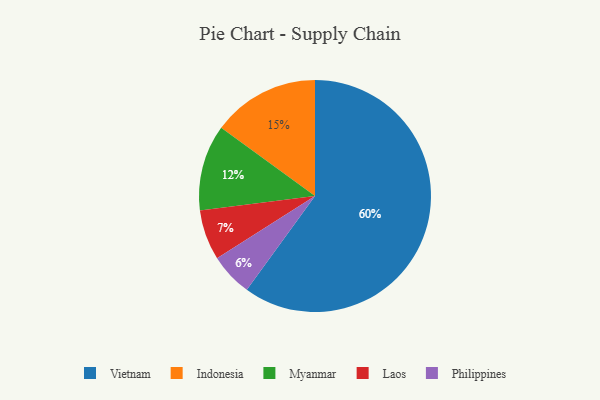
{"axis": {"x": "Category", "y": "Percentage"}, "legend": ["Indonesia", "Laos", "Myanmar", "Philippines", "Vietnam"], "data": [{"x": "Myanmar", "y": 12, "type": "Myanmar"}, {"x": "Vietnam", "y": 60, "type": "Vietnam"}, {"x": "Philippines", "y": 6, "type": "Philippines"}, {"x": "Indonesia", "y": 15, "type": "Indonesia"}, {"x": "Laos", "y": 7, "type": "Laos"}]}